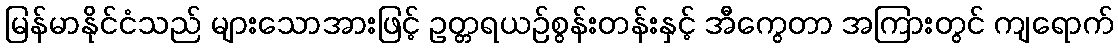
မြန်မာနိုင်ငံသည် များသောအားဖြင့် ဥတ္တရယဉ်စွန်းတန်းနှင့် အီကွေတာ အကြားတွင် ကျရောက်